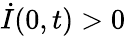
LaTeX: \dot{I}(0,t)>0